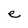
Character: e